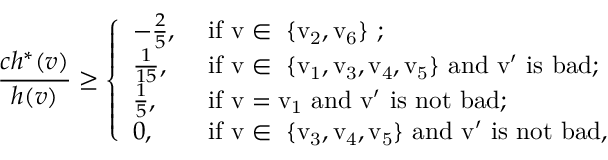
\frac { c h ^ { * } ( v ) } { h ( v ) } \geq \left\{ \begin{array} { l l } { - \frac { 2 } { 5 } , } & { \mathrm { ~ i f ~ v \in ~ \{ v _ 2 , v _ 6 \} ~ } ; } \\ { \frac { 1 } { 1 5 } , } & { \mathrm { ~ i f ~ v \in ~ \{ v _ 1 , v _ 3 , v _ 4 , v _ 5 \} ~ a n d ~ v ' ~ i s ~ b a d } ; } \\ { \frac { 1 } { 5 } , } & { \mathrm { ~ i f ~ v = v _ 1 ~ a n d ~ v ' ~ i s ~ n o t ~ b a d } ; } \\ { 0 , } & { \mathrm { ~ i f ~ v \in ~ \{ v _ 3 , v _ 4 , v _ 5 \} ~ a n d ~ v ' ~ i s ~ n o t ~ b a d } , } \end{array} \right.